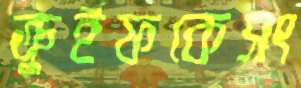
ক্রুইফকেসং